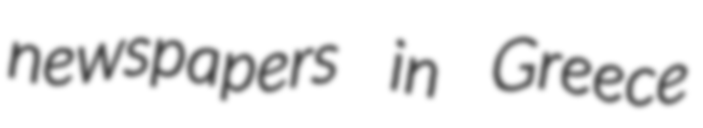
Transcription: newspapers in Greece